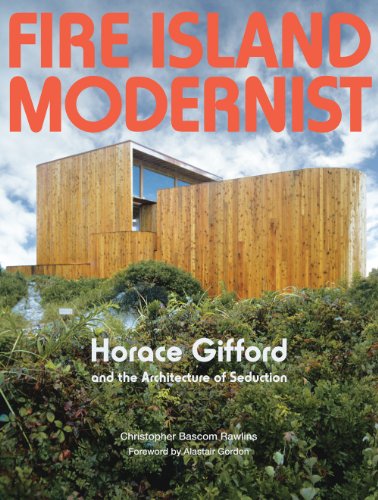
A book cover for Fire Island Modernist: Horace Gifford and the Architecture of Seduction; Christopher Bascom Rawlins; Arts & Photography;